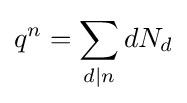
q^{n}=\sum _{d\mid n}dN_{d}